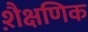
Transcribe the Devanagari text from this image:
शै़क्षणिक